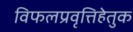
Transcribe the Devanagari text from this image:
विफलप्रवृत्तिहेतुक